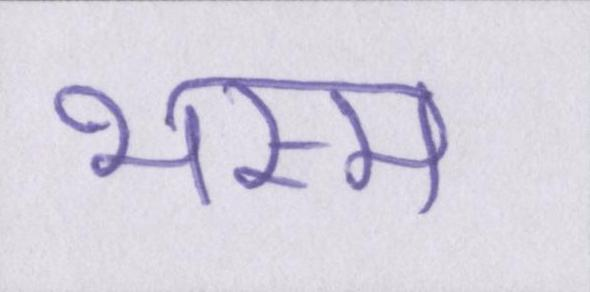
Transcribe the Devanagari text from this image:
भस्म